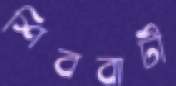
শিববাটী